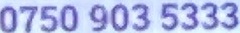
0750 903 5333